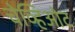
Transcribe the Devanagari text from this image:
चेव्हिओट